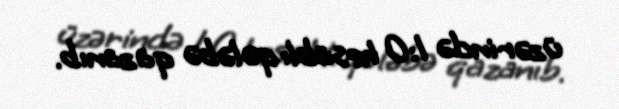
üzərində 1:0 hesablı qələbə qazanıb.